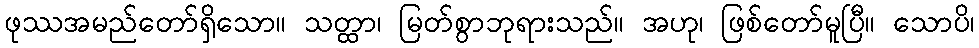
ဖုဿအမည်တော်ရှိသော။ သတ္ထာ၊ မြတ်စွာဘုရားသည်။ အဟု၊ ဖြစ်တော်မူပြီ။ သောပိ၊